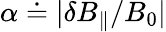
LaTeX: \alpha\doteq|\delta B_{\parallel}/B_{0}|